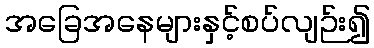
အခြေအနေများနှင့်စပ်လျဉ်း၍